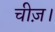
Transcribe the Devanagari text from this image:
चीज़।